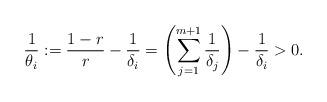
LaTeX: \begin{align*}\frac1{\theta_i}:= \frac{1-r}r-\frac1{\delta_i} =\left(\sum_{j=1}^{m+1} \frac1{\delta_j}\right)-\frac1{\delta_i}>0.\end{align*}